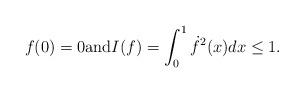
LaTeX: \begin{align*}f(0)=0{\rm and} I(f)=\int_0^1\dot{f}^2(x)dx\leq 1.\end{align*}